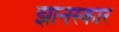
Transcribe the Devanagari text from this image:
झांनस्कार